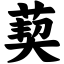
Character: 葜